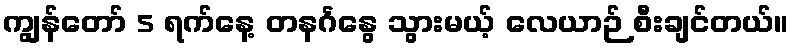
ကျွန်တော် 5 ရက်နေ့ တနင်္ဂနွေ သွားမယ့် လေယာဉ် စီးချင်တယ်။